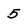
Character: 5